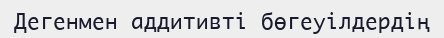
Дегенмен аддитивті бөгеуілдердің